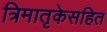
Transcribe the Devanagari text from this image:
त्रिमातृकेसहित